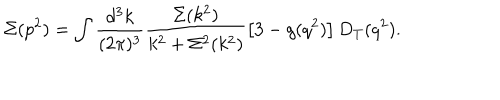
LaTeX: \Sigma ( p ^ { 2 } ) = \int \frac { d ^ { 3 } k } { ( 2 \pi ) ^ { 3 } } \frac { \Sigma ( k ^ { 2 } ) } { k ^ { 2 } + \Sigma ^ { 2 } ( k ^ { 2 } ) } \left[ 3 - g ( q ^ { 2 } ) \right] D _ { T } ( q ^ { 2 } ) .